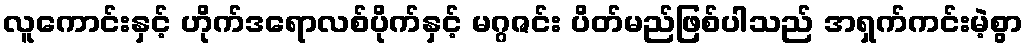
လူကောင်းနှင့် ဟိုက်ဒရောလစ်ပိုက်နှင့် မဂ္ဂဇင်း ပိတ်မည်ဖြစ်ပါသည် အရှက်ကင်းမဲ့စွာ